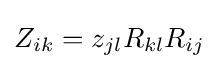
Z_{ik}=z_{jl}R_{kl}R_{ij}